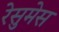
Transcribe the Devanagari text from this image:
रेसुमेस